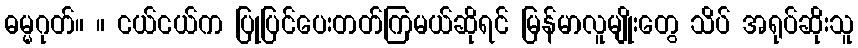
ဓမ္မဂုတ်။ ။ ငယ်ငယ်က ပြုပြင်ပေးတတ်ကြမယ်ဆိုရင် မြန်မာလူမျိုးတွေ သိပ် အရုပ်ဆိုးသူ